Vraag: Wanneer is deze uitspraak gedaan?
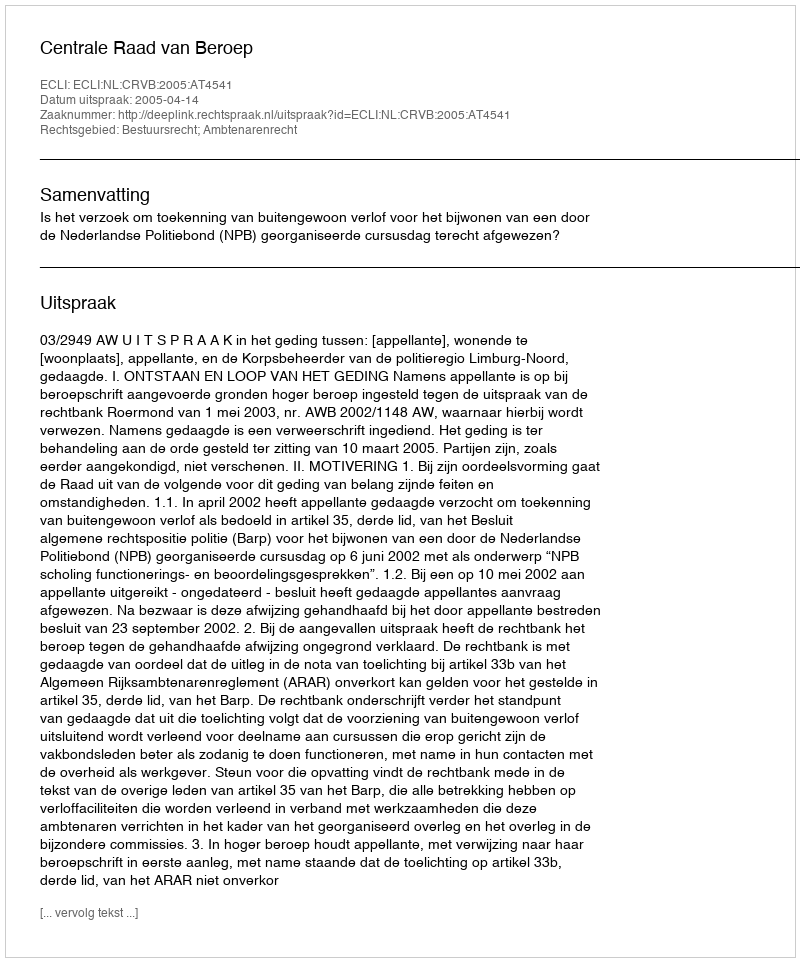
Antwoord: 2005-04-14